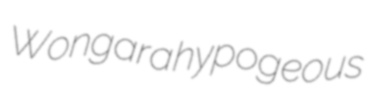
Wongara hypogeous